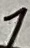
Text: 1